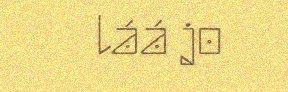
láá jo